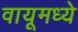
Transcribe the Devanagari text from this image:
वायूमध्ये